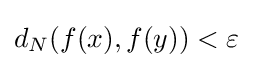
d_{N}(f(x),f(y))<\varepsilon